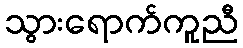
သွားရောက်ကူညီ